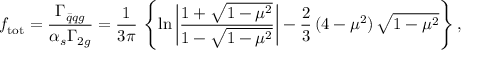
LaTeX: f _ { \mathrm { t o t } } = \frac { \Gamma _ { \bar { q } q g } } { \alpha _ { s } \Gamma _ { 2 g } } = \frac { 1 } { 3 \pi } \, \left\{ \ln \left| \frac { 1 + \sqrt { 1 - \mu ^ { 2 } } } { 1 - \sqrt { 1 - \mu ^ { 2 } } } \right| - \frac { 2 } { 3 } \, ( 4 - \mu ^ { 2 } ) \, \sqrt { 1 - \mu ^ { 2 } } \right\} ,